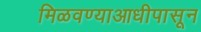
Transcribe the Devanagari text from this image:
मिळवण्याआधीपासून